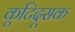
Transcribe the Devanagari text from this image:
कूटिदूसक